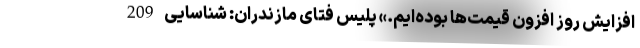
افزایش روز افزون قیمت‌ها بوده‌ایم.» پلیس فتای مازندران: شناسایی 209